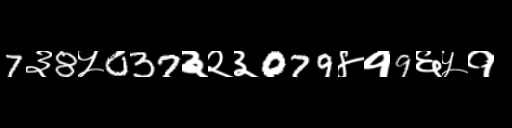
Text: 7३8५037३२३079४१9६५१